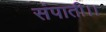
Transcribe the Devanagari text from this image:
संपाती।।